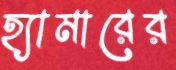
হ্যামারের